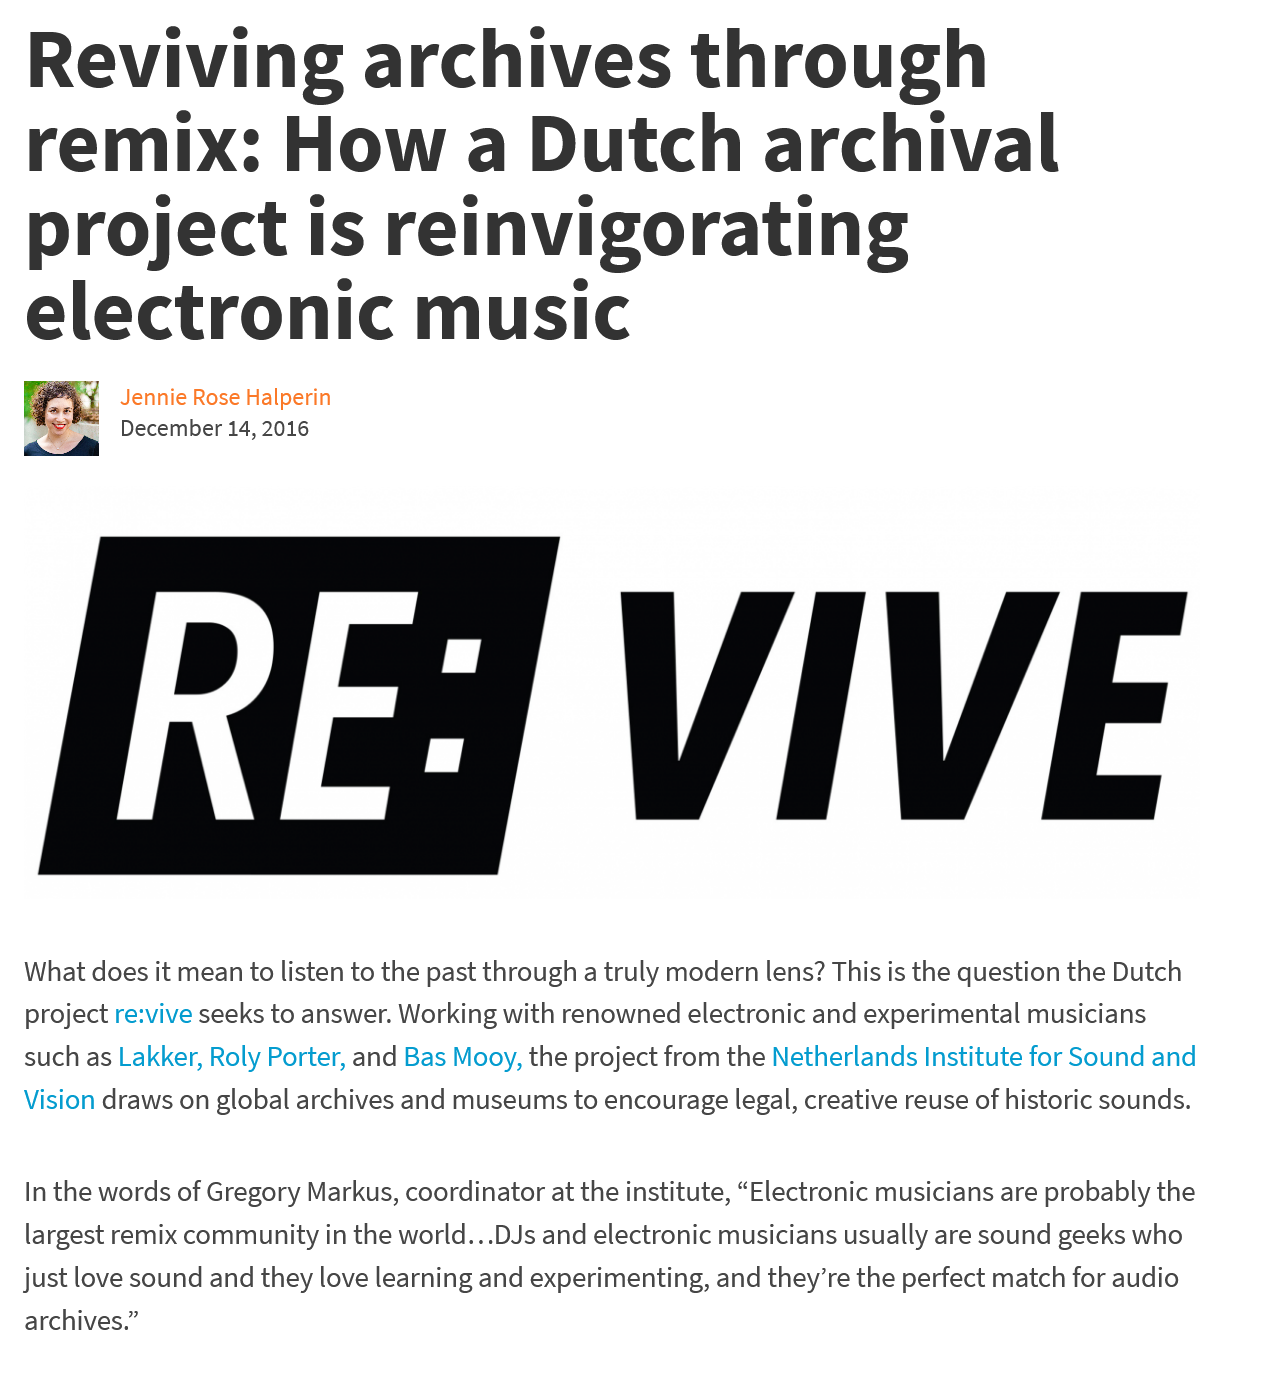
Jennie Rose Halperin
     December 14, 2016
  What does it mean to listen to the past through a truly modern lens? This is the question the Dutch
  project re:vive seeks to answer. Working with renowned electronic and experimental musicians
  such as Lakker, Roly Porter, and Bas Mooy, the project from the Netherlands Institute for Sound and
  Vision draws on global archives and museums to encourage legal, creative reuse of historic sounds.
  In the words of Gregory Markus, coordinator at the institute, “Electronic musicians are probably the
  largest remix community in the world...DJs and electronic musicians usually are sound geeks who
  just love sound and they love learning and experimenting, and they’re the perfect match for audio
  archives.”
    cs
   Reviving    archives    through
   remix:    How    a    Dutch    archival
   project    is    reinvigorating
  electronic    music
     VIVE